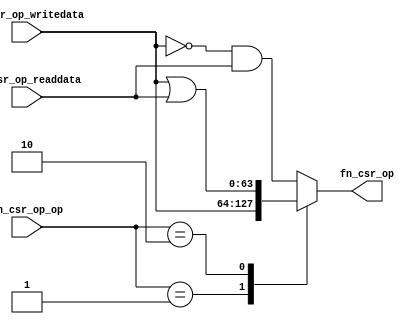
//
// Generated by Bluespec Compiler, version 2021.07-1-gaf77efcd (build af77efcd)
//
// On Thu Dec  9 08:47:02 IST 2021
//
//
// Ports:
// Name                         I/O  size props
// fn_csr_op                      O    64
// fn_csr_op_writedata            I    64
// fn_csr_op_readdata             I    64
// fn_csr_op_op                   I     2
//
// Combinational paths from inputs to outputs:
//   (fn_csr_op_writedata, fn_csr_op_readdata, fn_csr_op_op) -> fn_csr_op
//
//

`ifdef BSV_ASSIGNMENT_DELAY
`else
  `define BSV_ASSIGNMENT_DELAY
`endif

`ifdef BSV_POSITIVE_RESET
  `define BSV_RESET_VALUE 1'b1
  `define BSV_RESET_EDGE posedge
`else
  `define BSV_RESET_VALUE 1'b0
  `define BSV_RESET_EDGE negedge
`endif

module module_fn_csr_op(fn_csr_op_writedata,
			fn_csr_op_readdata,
			fn_csr_op_op,
			fn_csr_op);
  // value method fn_csr_op
  input  [63 : 0] fn_csr_op_writedata;
  input  [63 : 0] fn_csr_op_readdata;
  input  [1 : 0] fn_csr_op_op;
  output [63 : 0] fn_csr_op;

  // signals for module outputs
  reg [63 : 0] fn_csr_op;

  // remaining internal signals
  wire [63 : 0] x__h48;

  // value method fn_csr_op
  always@(fn_csr_op_op or x__h48 or fn_csr_op_readdata or fn_csr_op_writedata)
  begin
    case (fn_csr_op_op)
      2'd1: fn_csr_op = fn_csr_op_writedata;
      2'd2: fn_csr_op = fn_csr_op_writedata | fn_csr_op_readdata;
      default: fn_csr_op = x__h48 & fn_csr_op_readdata;
    endcase
  end

  // remaining internal signals
  assign x__h48 = ~fn_csr_op_writedata ;
endmodule  // module_fn_csr_op